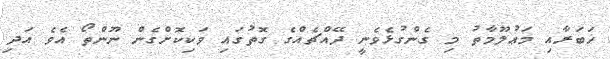
ޚަބަރާއި މަޢުލޫމާތު މި ގެންގުޅެވެނީ ދޭއްޗެއްގެ ގޮތުގައި ވަކިކޮށްގެން ނޫންތޯ އެވެ އަދި